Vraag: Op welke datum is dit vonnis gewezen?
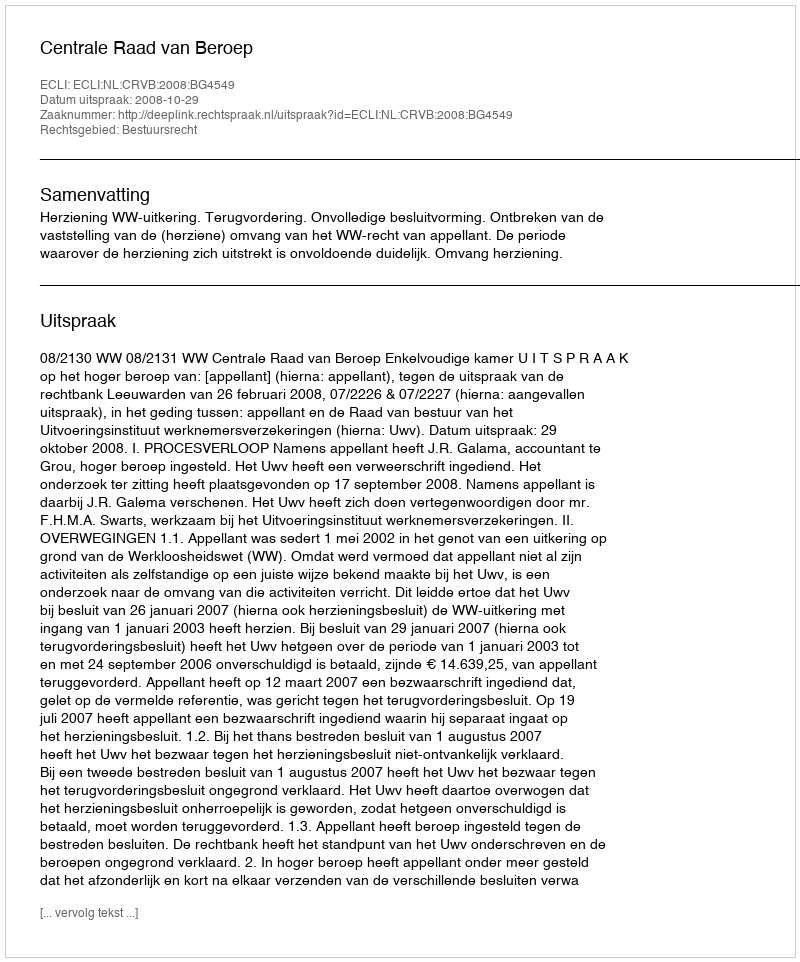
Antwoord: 2008-10-29